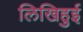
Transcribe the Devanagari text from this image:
लिखिहुई